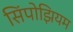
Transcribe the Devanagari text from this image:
सिंपोझियम